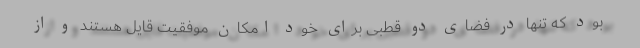
بود که تنها در فضای دو قطبی برای خود امکان موفقیت قایل هستند و از